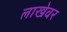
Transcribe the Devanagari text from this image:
लाखेवर